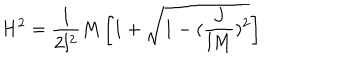
LaTeX: H ^ { 2 } = \frac { 1 } { 2 l ^ { 2 } } M \left[ 1 + \sqrt { 1 - ( \frac { J } { l M } ) ^ { 2 } } \right] \nonumber